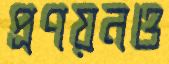
প্রণয়নও